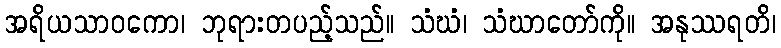
အရိယသာဝကော၊ ဘုရားတပည့်သည်။ သံဃံ၊ သံဃာတော်ကို။ အနုဿရတိ၊